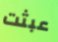
عبثت